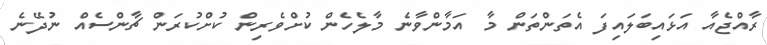
ރާއްޖެއާ އަޅައިބަލައިފަ އެތަންތަން މާ އަމާންވާނެ މާލެހެން ކުށްވެރިން ކުށްކުރަން ޗާންސެއް ނުދޭނެ